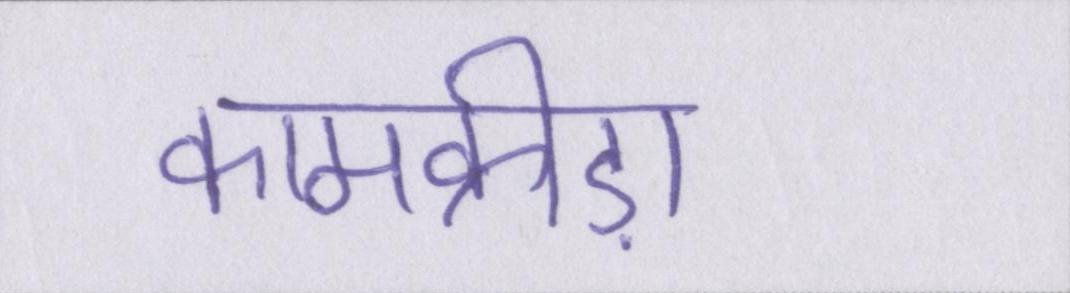
कामक्रीड़ा